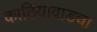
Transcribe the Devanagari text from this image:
काठियावाडचा